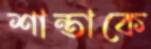
শান্তাকে